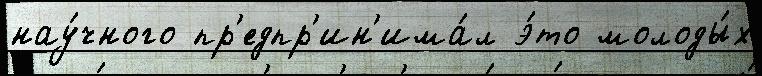
нау́чного пр'едпр'ин'има́л э́то молоды́х